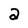
Character: 2